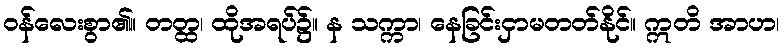
ဝန်လေးစွာ၏။ တတ္ထ၊ ထိုအရပ်၌။ န သက္ကာ၊ နေခြင်းငှာမတတ်နိုင်။ ဣတိ အာဟ၊